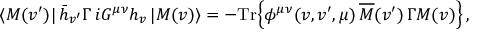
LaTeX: \langle M ( v ^ { \prime } ) | \, \bar { h } _ { v ^ { \prime } } \Gamma \, i G ^ { \mu \nu } h _ { v } \, | M ( v ) \rangle = - \mathrm { T r } \Big \{ \phi ^ { \mu \nu } ( v , v ^ { \prime } , \mu ) \, \overline { { { \cal M } } } ( v ^ { \prime } ) \, \Gamma { \cal M } ( v ) \Big \} \, ,